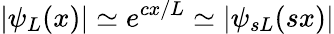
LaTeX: |\psi_{L}(x)|\simeq e^{cx/L}\simeq|\psi_{sL}(sx)|